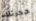
حجرتك